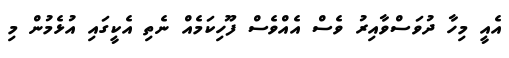
އެއީ މިހާ ދުވަސްވާއިރު ވެސް އެއްވެސް ފޫހިކަމެއް ނެތި އެކީގައި އުޅެމުން މި